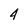
Character: 4